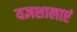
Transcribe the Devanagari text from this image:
यज्ञशालाएं